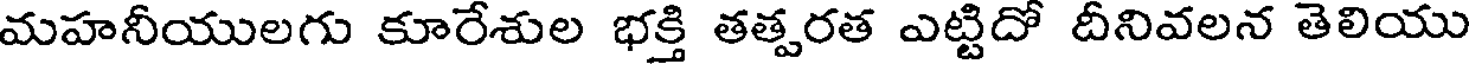
మహనీయులగు కూరేశుల భక్తి తత్పరత ఎట్టిదో దీనివలన తెలియు